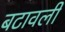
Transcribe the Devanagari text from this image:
बटावली